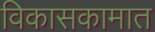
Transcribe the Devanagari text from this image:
विकासकामात